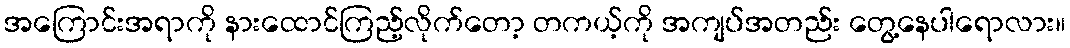
အကြောင်းအရာကို နားထောင်ကြည့်လိုက်တော့ တကယ့်ကို အကျပ်အတည်း တွေ့နေပါရောလား။